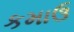
કમાઉ